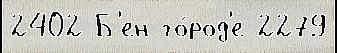
2402 Б'ен го́род'е 2279